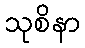
သုစိနာ